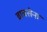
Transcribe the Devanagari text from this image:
वायसेना